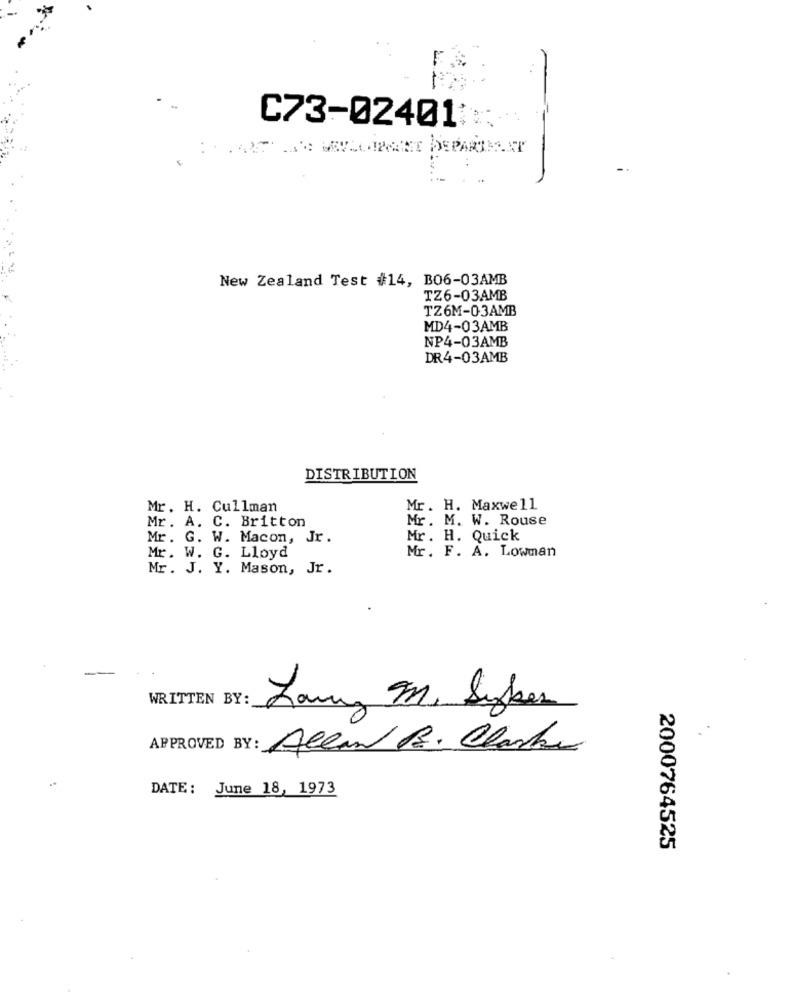
C73-02401:
-
New Zealand Test #14, BO6-03AMB
TZ6-03AMB
TZ6M-0-3AMB
MD4-03AMB
NP4-03AMB
DR4-03AMB
DISTRIBUTION
Mr. H. Cullman
Mr. H. Maxwell
Mr. A. C. Britton
Mr. M. W. Rouse
Mr. G. W. Macon, Jr .
Mr. H. Quick
Mr. F. A. Lowman
Mr. W. G. Lloyd
Mr. J. Y. Mason, Jr.
WRITTEN BY:
Lamy M, Syber
Allan R. Clarke
DATE: June 18, 1973
2000764525